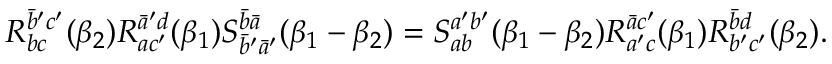
R _ { b c } ^ { \bar { b } ^ { \prime } c ^ { \prime } } ( \beta _ { 2 } ) R _ { a c ^ { \prime } } ^ { \bar { a } ^ { \prime } d } ( \beta _ { 1 } ) S _ { \bar { b } ^ { \prime } \bar { a } ^ { \prime } } ^ { \bar { b } \bar { a } } ( \beta _ { 1 } - \beta _ { 2 } ) = S _ { a b } ^ { a ^ { \prime } b ^ { \prime } } ( \beta _ { 1 } - \beta _ { 2 } ) R _ { a ^ { \prime } c } ^ { \bar { a } c ^ { \prime } } ( \beta _ { 1 } ) R _ { b ^ { \prime } c ^ { \prime } } ^ { \bar { b } d } ( \beta _ { 2 } ) .